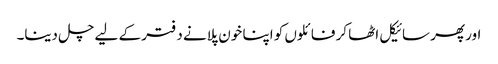
اور پھر سائیکل اٹھا کر فائلوں کو اپنا خون پلانے دفتر کے لیے چل دینا۔